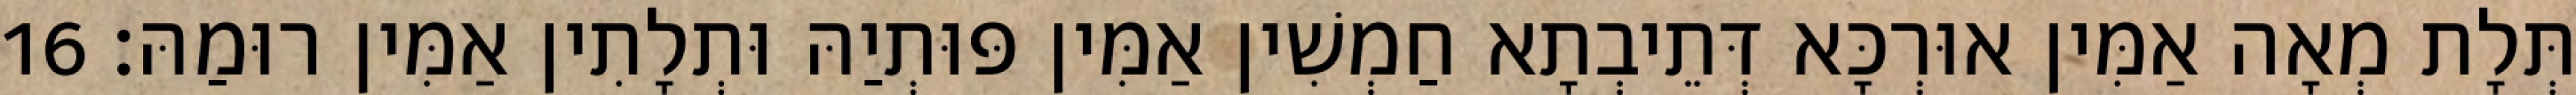
תְּלָת מְאָה אַמִּין אוּרְכָּא דְּתֵיבְתָא חַמְשִׁין אַמִּין פּוּתְיַהּ וּתְלָתִין אַמִּין רוּמַהּ׃ 16